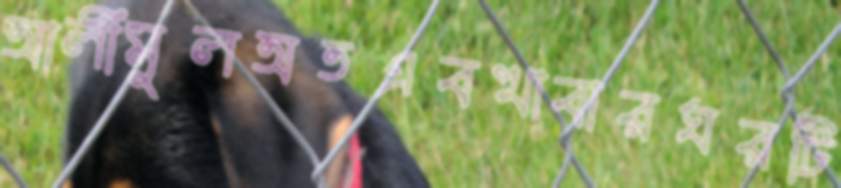
আলীমুলঅতএবখাবারঘরটি